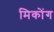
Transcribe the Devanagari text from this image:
मिकोंग